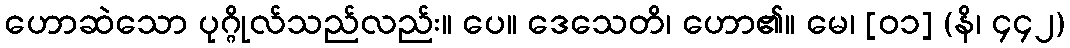
ဟောဆဲသော ပုဂ္ဂိုလ်သည်လည်း။ ပေ။ ဒေသေတိ၊ ဟော၏။ မေ၊ [၀၁] (နိ၊ ၄၄၂)